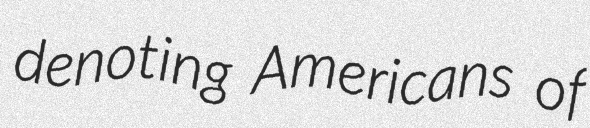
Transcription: denoting Americans of